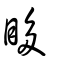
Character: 眵